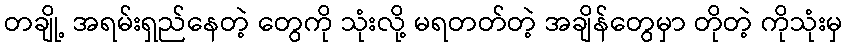
တချို့ အရမ်းရှည်နေတဲ့ တွေကို သုံးလို့ မရတတ်တဲ့ အချိန်တွေမှာ တိုတဲ့ ကိုသုံးမှ